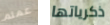
عمتم ذكرياتها